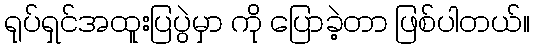
ရုပ်ရှင်အထူးပြပွဲမှာ ကို ပြောခဲ့တာ ဖြစ်ပါတယ်။